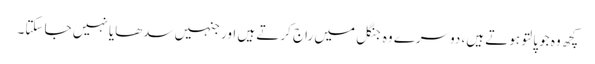
کچھ وہ جو پالتو ہوتے ہیں، دوسرے وہ جنگل میں راج کرتے ہیں اور جنہیں سدھایا نہیں جا سکتا۔